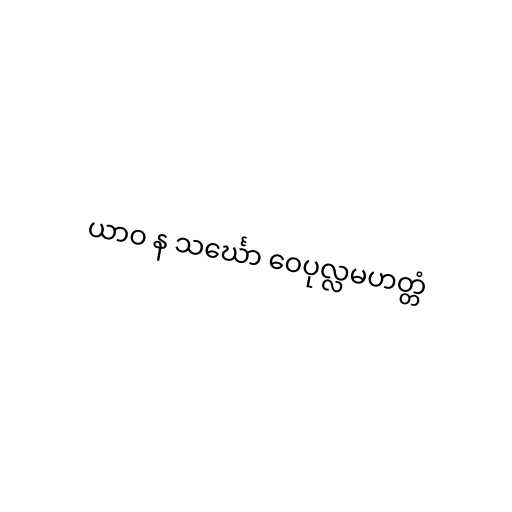
ယာဝ န သင်္ဃော ဝေပုလ္လမဟတ္တံ